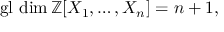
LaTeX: \operatorname { g l } \, \dim \mathbb { Z } [ X _ { 1 } , \ldots , X _ { n } ] = n + 1 ,